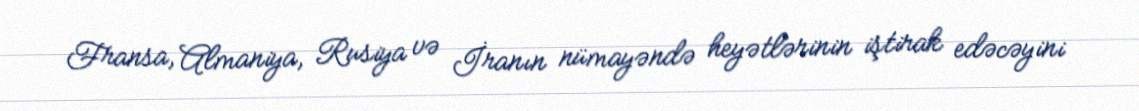
Fransa, Almaniya, Rusiya və İranın nümayəndə heyətlərinin iştirak edəcəyini